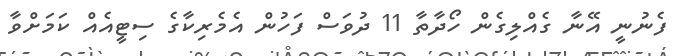
ފެނުނީ އޭނާ ގެއްލިގެން ހޯދާތާ 11 ދުވަސް ފަހުން އެމެރިކާގެ ސިޓީއެއް ކަމަށްވާ